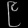
Digit: ၉